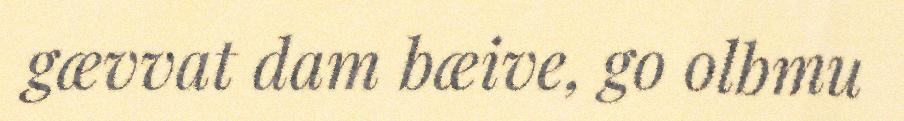
gævvat dam bæive, go olbmu